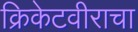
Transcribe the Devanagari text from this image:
क्रिकेटवीराचा